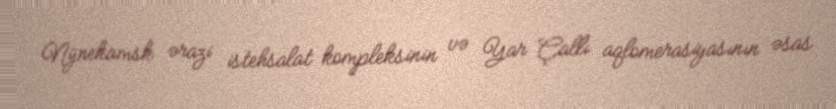
Nijnekamsk ərazi istehsalat kompleksinin və Yar Çallı aqlomerasiyasının əsas